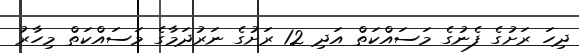
ދިހަ ރަށުގެ ފެނުގެ މަަސައްކަތް އަދި 12 ރަށުގެ ނަރުދަމާގެ މަސައްކަތް މިހާރު